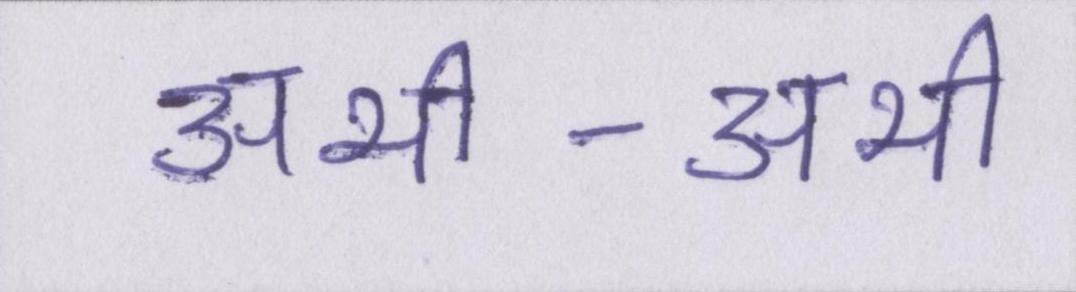
अभी-अभी